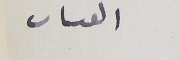
القىات